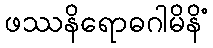
ဖဿနိရောဓဂါမိနိံ